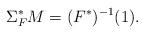
LaTeX: \begin{align*}\Sigma^*_FM=(F^*)^{-1}(1).\end{align*}